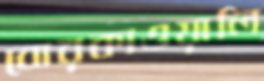
বোরকাওয়ালি